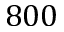
8 0 0